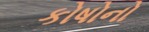
કોષોનો